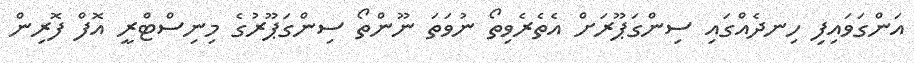
އަންގަވައިފި ހިނދެއްގައި ސިންގަޕޫރަށް އެތެރެވިތޯ ނުވަތަ ނޫންތޯ ސިންގަޕޫރުގެ މިނިސްޓްރީ އޮފް ފޮރިން